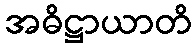
အဓိဋ္ဌာယာတိ